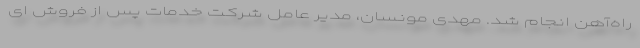
راه‌آهن انجام شد. مهدی مونسان، مدیر عامل شرکت خدمات پس از فروش ای